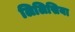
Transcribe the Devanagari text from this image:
लिलिसिया